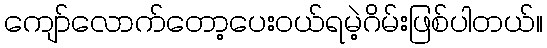
ကျော်လောက်တော့ပေးဝယ်ရမဲ့ဂိမ်းဖြစ်ပါတယ်။